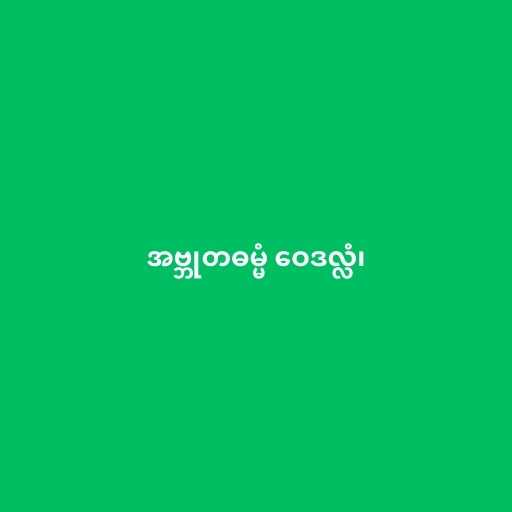
အဗ္ဘုတဓမ္မံ ဝေဒလ္လံ၊